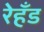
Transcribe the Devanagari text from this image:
रेहँड